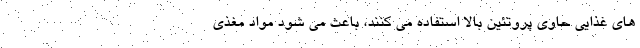
های غذایی حاوی پروتئین بالا استفاده می کنند، باعث می شود مواد مغذی